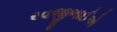
રવજીભાઈએ